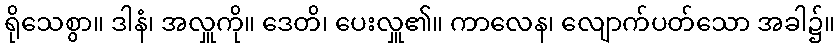
ရိုသေစွာ။ ဒါနံ၊ အလှူကို။ ဒေတိ၊ ပေးလှူ၏။ ကာလေန၊ လျောက်ပတ်သော အခါ၌။